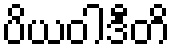
ပိယဝါဒီတိ